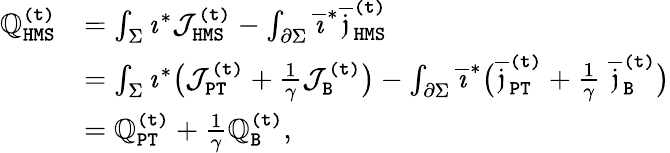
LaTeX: \begin{array}{rl}{\mathbb{Q}_{\mathtt{HMS}}^{\mathtt{(t)}}}&{=\int_{\Sigma}\imath^{*}\mathcal{J}_{\mathtt{HMS}}^{\mathtt{(t)}}-\int_{\partial\Sigma}\overline{{\imath}}^{*}\overline{{\mathfrak{j}}}_{\mathtt{HMS}}^{\mathtt{(t)}}}\\ &{=\int_{\Sigma}\imath^{*}\big(\mathcal{J}_{\mathtt{PT}}^{\mathtt{(t)}}+\frac{1}{\gamma}\mathcal{J}_{\mathtt{B}}^{\mathtt{(t)}}\big)-\int_{\partial\Sigma}\overline{{\imath}}^{*}\big(\overline{{\mathfrak{j}}}_{\mathtt{PT}}^{\mathtt{(t)}}+\frac{1}{\gamma}\; \overline{{\mathfrak{j}}}_{\mathtt{B}}^{\mathtt{(t)}}\big)}\\ &{=\mathbb{Q}_{\mathtt{PT}}^{\mathtt{(t)}}+\frac{1}{\gamma}\mathbb{Q}_{\mathtt{B}}^{\mathtt{(t)}},}\end{array}